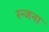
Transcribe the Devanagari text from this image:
रन्जना